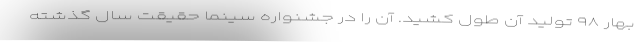
بهار ۹۸ تولید آن طول کشید. آن را در جشنواره سینما حقیقت سال گذشته